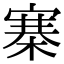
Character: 寨